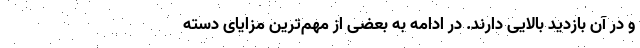
و در آن بازدید بالایی دارند. در ادامه به بعضی از مهم‌ترین مزایای دسته